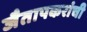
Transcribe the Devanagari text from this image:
जैतापकरांची